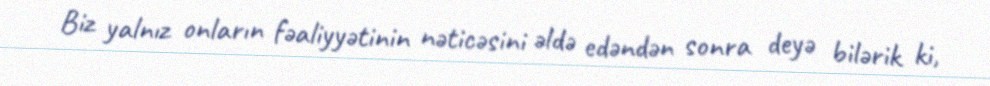
Biz yalnız onların fəaliyyətinin nəticəsini əldə edəndən sonra deyə bilərik ki,